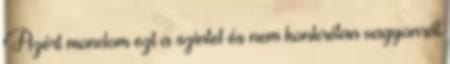
Azért mondom ezt a szintet és nem konkrétan vagyonról